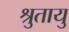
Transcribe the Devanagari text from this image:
श्रुतायु